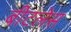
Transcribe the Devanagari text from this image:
बीटलेस